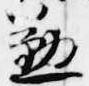
懃